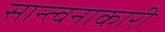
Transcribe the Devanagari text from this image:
सान्त्वनाकारी